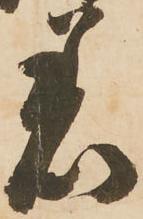
着